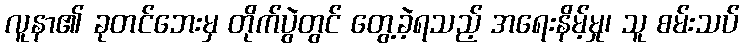
လူနာ၏ ခုတင်ဘေးမှ တိုက်ပွဲတွင် တွေ့ခဲ့ရသည့် အရေးနိမ့်မှု၊ သူ စမ်းသပ်